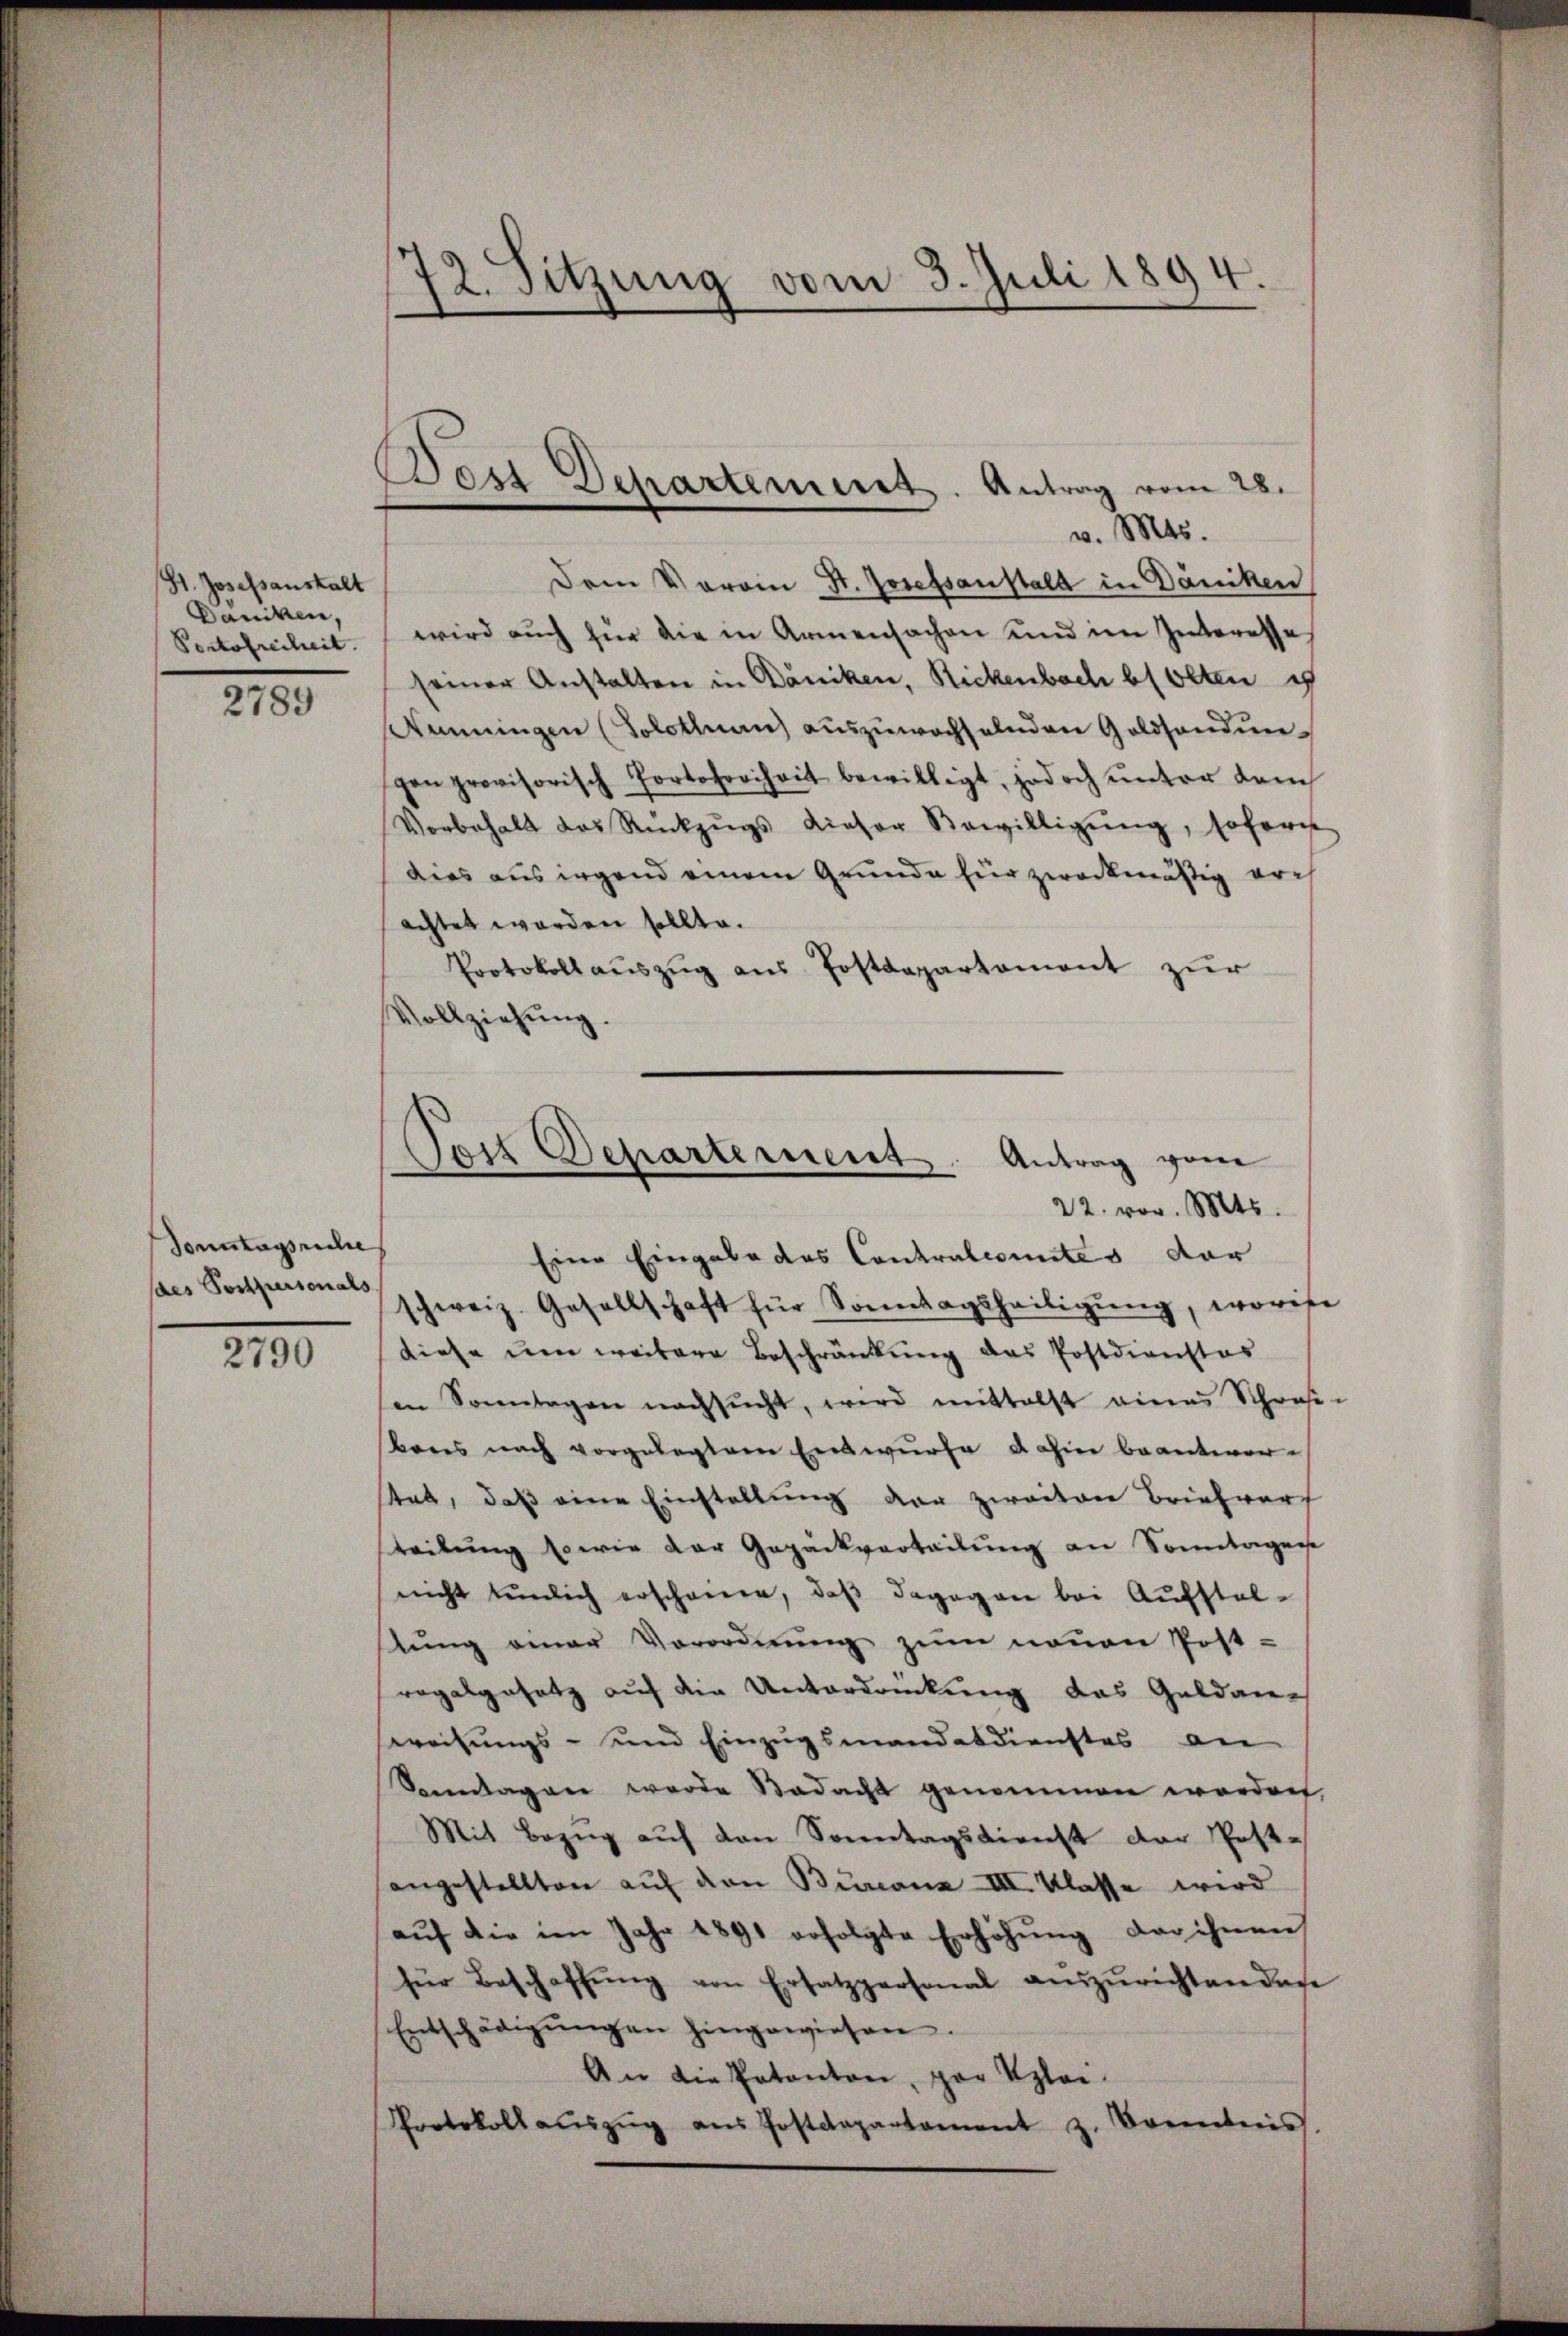
St. Josefanstalt
Daniken,
Portofreiheit.

2789

Sonntagsreche
des Postpersonals

2790

)
12. Sitzung vom 3. Juli 1894.

Des Departement. Antrag vom 28.

v. Mts.
Dem Voroin St. Josefsanstalt in Däniken
wird aŭch für die in Armensachen und im Interesse
seiner Anstalten in Däniken, Rickenbach bl Olten
Aemingen (Solottnau) auszuwachselnden Goldsendungen provisorisch Portofreiheit bewilligt, jedoch unter dem
Vorbehalt das Rückzŭgs dieser Bewilligŭng, sofern
dies aus irgend einem Grunde für zweckmäßig erachtet worden sollte.
Protokoll aŭszŭg aŭs Postdepartement zŭr
Vollziehung.
Eine Eingabe das Contralcomites dor
schweiz. Gesellschaft für Sonntagsheiligŭng, worise
diese um weitere Beschränkung des Postdienstes
in Sonntagen nachsucht, wird mittelst eines Schresen
kans nach vorgelegtem Entwurfe dahin beantwortat, daß eine Einstellung der zweiten Briefwerf
teilung sowie der Gepäckverteilung an Sonntagene
nicht tümlich erscheine, daß dagegen bei Aufstellung einer Verordnung zum neuen Post-
ragalgesetz auf die Unterdrückung das Geldane
weisungs- und Einzugsmandesdienstes an
Sonntagen werde Bedacht genommen worden,
Mit Bezug auf den Sonntagsdienst der Post-
angestellten auf dem Burcanz III. Klasse wird
aŭf die im Jahr 1891 erfolgte Erhöhŭng der ihnen
für Beschaffŭng von Ersatzpersonal aŭszŭrichtenden
Entschädigŭngen hingewiesen.
An die Potanton, par Uzlei-
Protokoll aŭszŭg aŭs Postdepartament z. Brenntnis.

Post Departement. Antrag vom
22. vor. Mts.